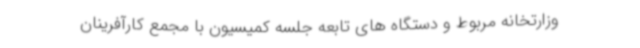
وزارتخانه مربوط و دستگاه های تابعه جلسه کمیسیون با مجمع کارآفرینان